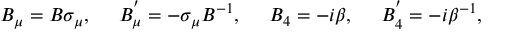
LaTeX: B _ { \mu } = B \sigma _ { \mu } , ~ ~ ~ ~ B _ { \mu } ^ { ' } = - \sigma _ { \mu } B ^ { - 1 } , ~ ~ ~ ~ B _ { 4 } = - i \beta , ~ ~ ~ ~ B _ { 4 } ^ { ' } = - i \beta ^ { - 1 } ,